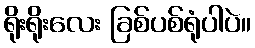
ရိုးရိုးလေး ခြစ်ပစ်ရုံပါပဲ။